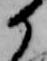
か